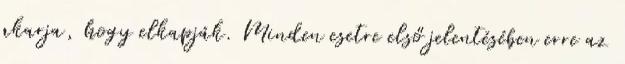
akarja, hogy elkapják. Minden esetre első jelentésében erre az